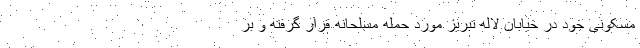
مسکونی خود در خیابان لاله تبریز مورد حمله مسلحانه قرار گرفته و بر